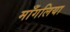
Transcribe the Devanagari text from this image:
माँगलिया